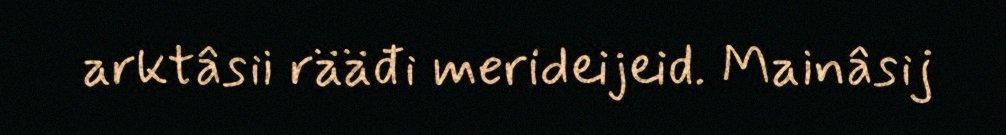
arktâsii rääđi merideijeid. Mainâsij